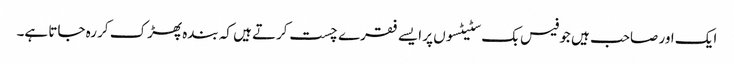
ایک اور صاحب ہیں جو فیس بک سٹیٹسوں پر ایسے فقرے چست کرتے ہیں کہ بندہ پھڑک کر رہ جاتا ہے۔